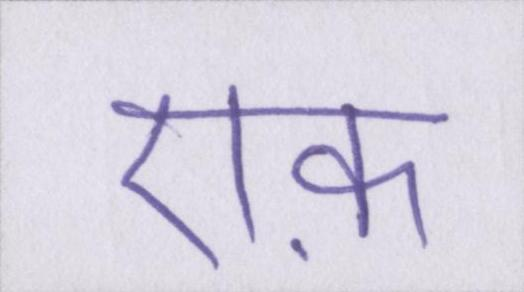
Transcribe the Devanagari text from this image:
एफ़